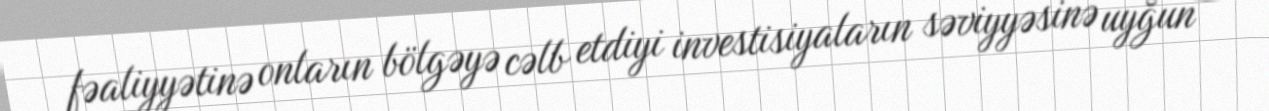
fəaliyyətinə onların bölgəyə cəlb etdiyi investisiyaların səviyyəsinə uyğun